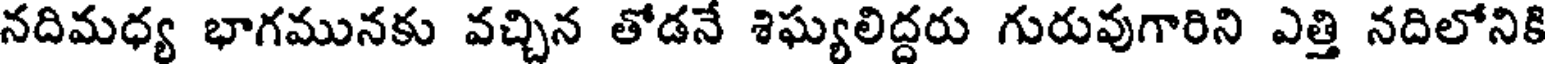
నదిమధ్య భాగమునకు వచ్చిన తోడనే శిఘ్యలిద్దరు గురువుగారిని ఎత్తి నదిలోనికి